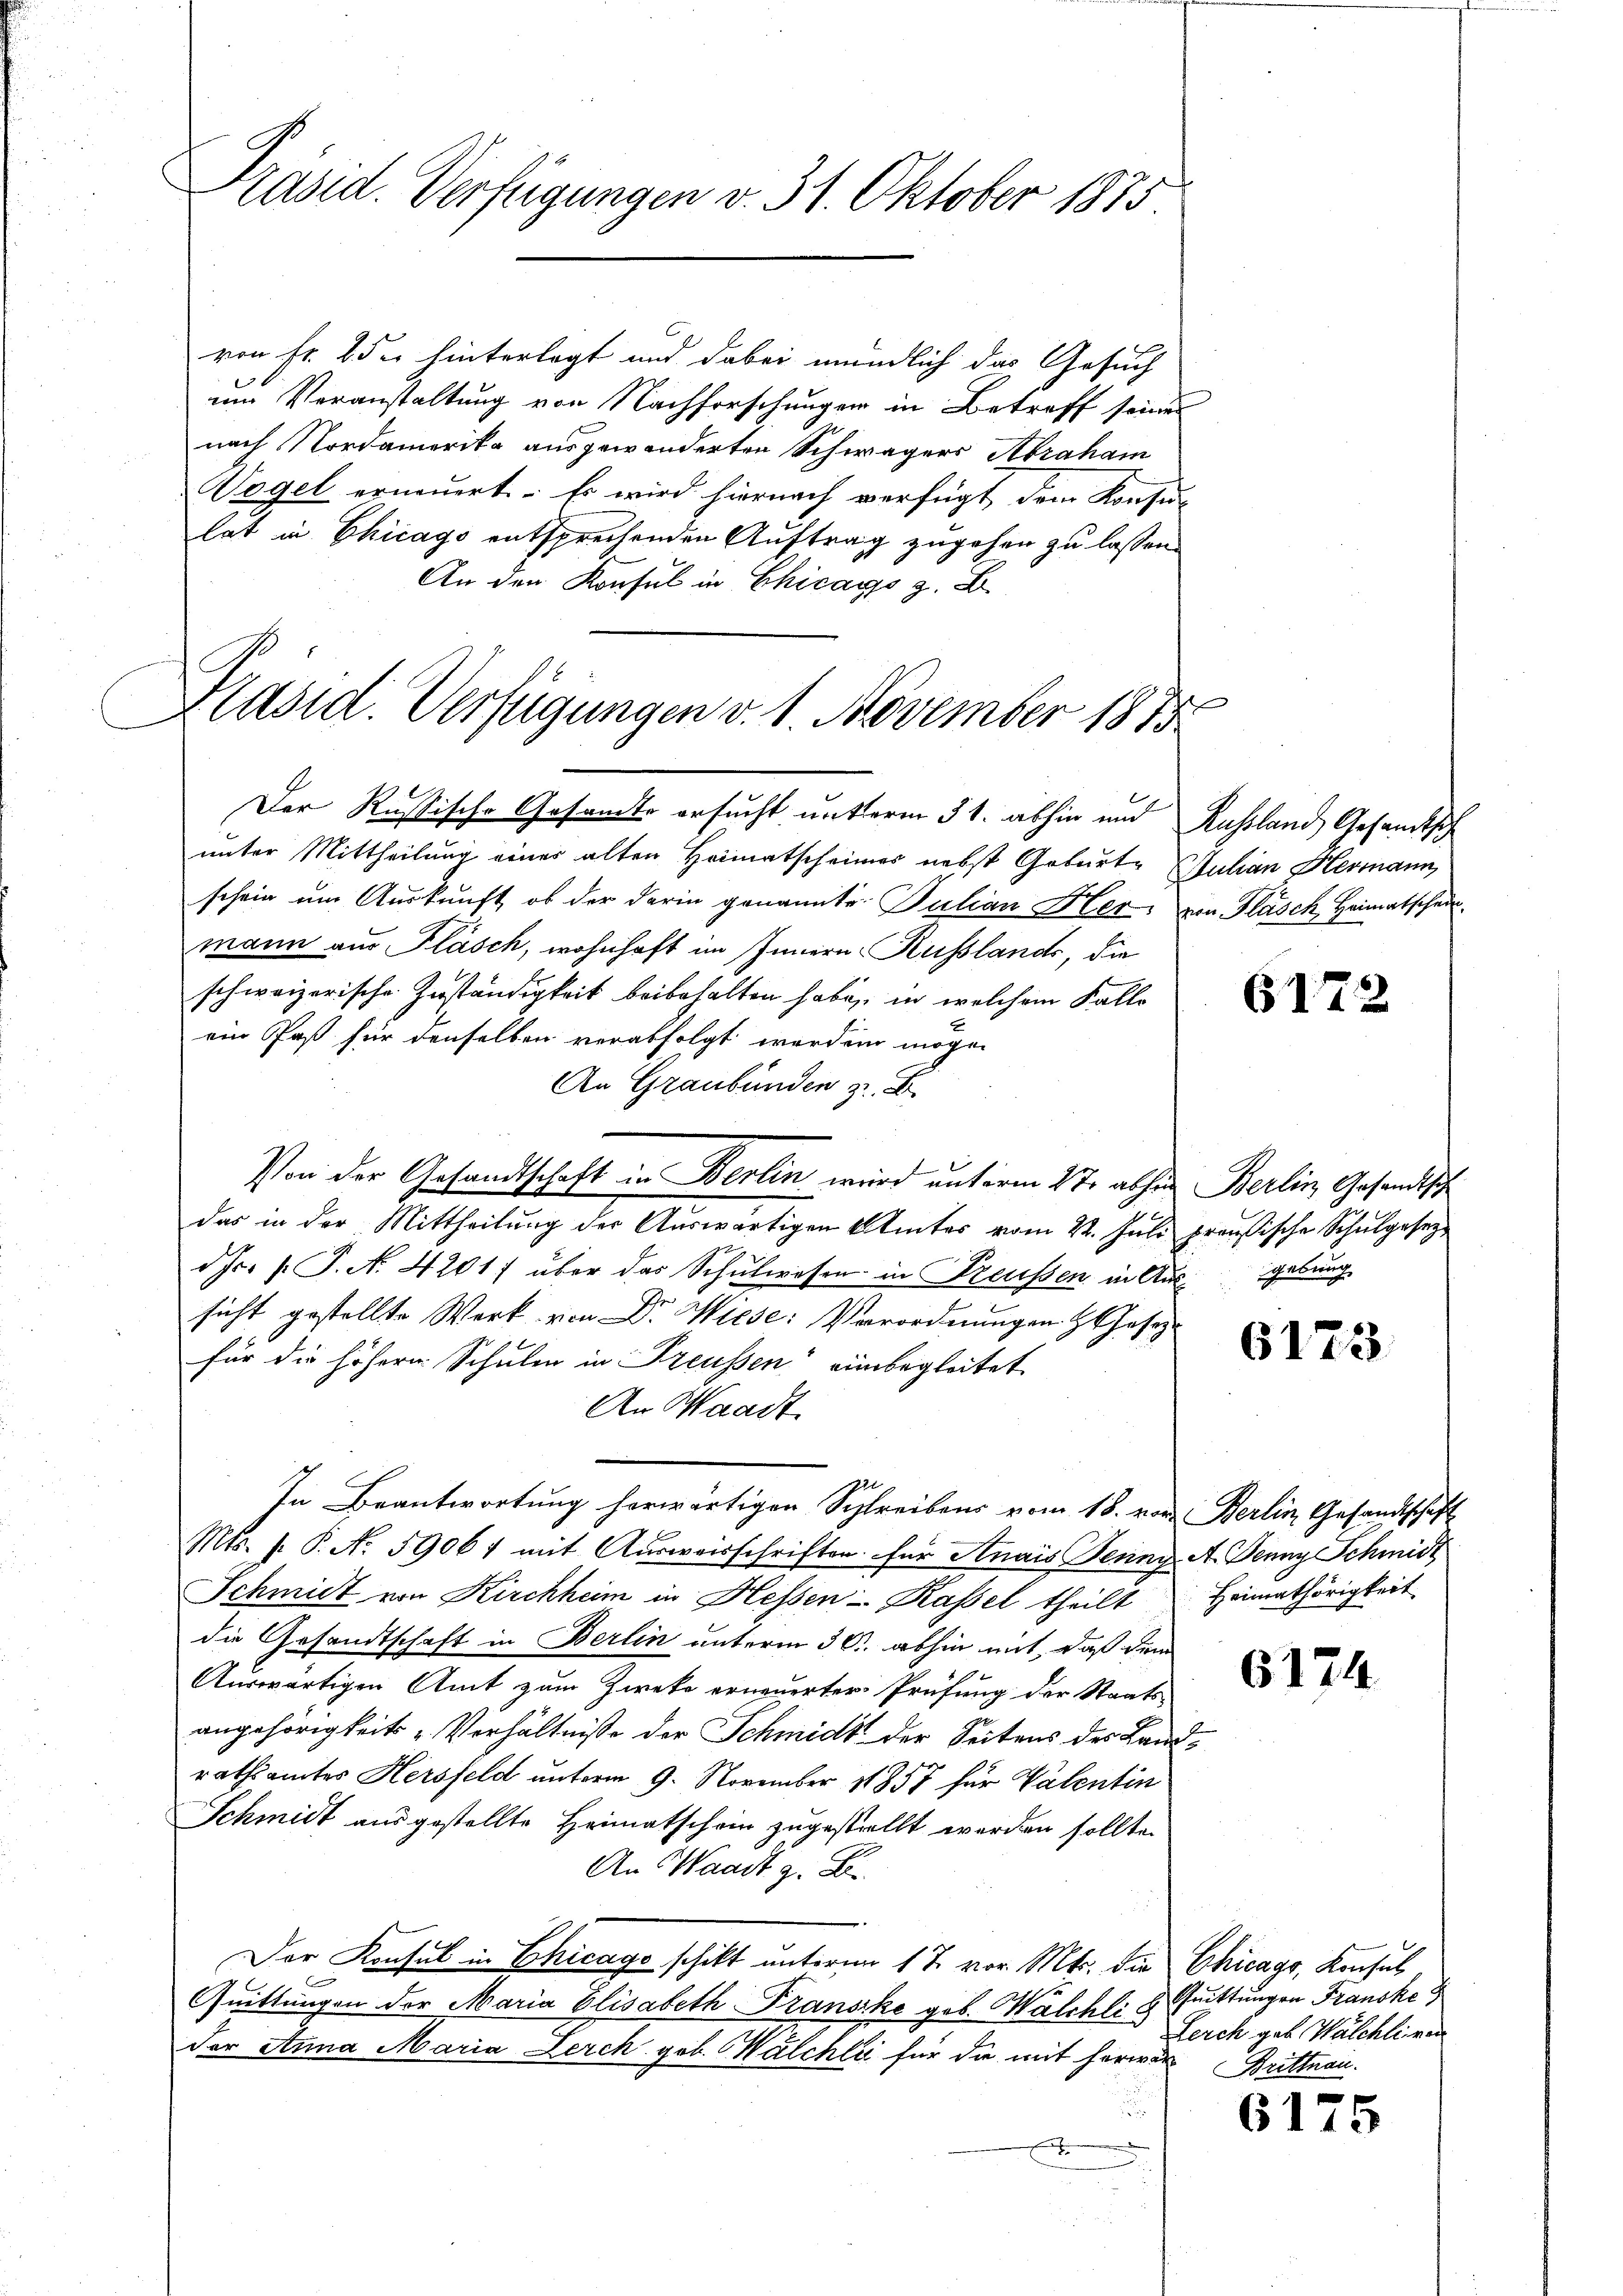
Präsid. Verfügungen v. 31. Oktober 1875

von Fr. 25 u. hinterlegt und dabei mündlich das Gesuch
um Veranstaltung von Nachforschungen in Betreff seinen
nach Nordamerika ausgewanderten Schwägers Abraham
Vogel erneuert. Es wird hiernach verfügt dem Konsu-
lat in Chicago entsprechenden Auftrag zugehen zu lassen.
An den Konsul in Chicago z. B.
n

Der Russische Gesandte ersucht unterm 31. abhin und Russland Gesandtsch
unter Mittheilung einer alten Heimatscheines nebst Geburt SStulian Hermann,
schein um Auskunft, ob der darin genannte Pulian Her- von Flasch Heimatscheimann aus Fläsch, wohnhaft im Innern Russlands, die
schweizerische Zuständigkeit beibehalten habe, in welchem Falle
ein Paß für denselben verabfolgt werden mögen
An Graubünden z. B.
Von der Gesandtschaft in Berlin wird unterm 2te abhin Berlin, Gesandtsch
das in der Mittheilŭng der Aŭswärtigen Amtes vom 22. Juli preußische Schulgesezdr. s. S. N. 4201) über das Schulwesen in Preußen in Ausgebung
sicht gestellte Werk von Dr. Wiese Verordnungen z. Josep
für die höhere Schulen in Preussen“ einbegleitet
An Waadt
In Beantwortung herwärtigen Schreibens vom 18. von Berlin, Gesandtschaft
Mts. f. P. No. 59061 mit Ausweisschriften für Anais Jenny. A. Denny Schmidt
Schmidt von Kirchheim in Hessen-Kassel theilt Heimathörigkeit
die Gesandtschaft in Berlin unterm 30. abhin mit, daß dem
Auswärtigen Amt zum Zwecke erneuerter Prüfung der Staats-
angehörigkeits „Verhältnisse der Schmidt der Seitens des Landrathsamtes Hersfeld unterm 9. November 1857 für Valentin
Schmidt ausgestellte Heimatschein zugestellt werden sollte.
An Waadt z. B.
Der Konsul in Chicago schikt unterm 17. vor. Mts. die Chicago, Konsul
Quittungen der Maria Elisabeth Transike geb. Walchli
der Anna Maria Lerch gob. Walchli für die mit herwar Brittnau.
s
e

Präsid. Verfügungen v. 1. November 1813

6172

6173.

6174

Quittungen Francke
Lerch gab. Walchlieren

6175